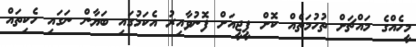
މީހެއްގެ މައްޗަށް ތުހުމަތެއް ކޮށް ޕީޖީއަށް ފޮނުވާއިރު އެކަމުގައި ބަޔާން ނަގައި ހެކިތައް